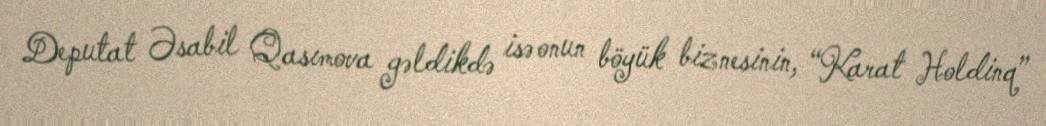
Deputat Əsabil Qasımova gəldikdə isə onun böyük biznesinin, “Karat Holdinq”